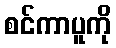
စင်ကာပူကို